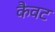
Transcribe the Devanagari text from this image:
कैवट